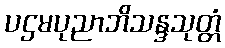
ပဌမပုညာဘိသန္ဒသုတ္တံ